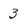
Character: 3